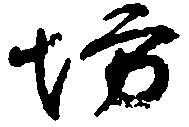
坊